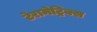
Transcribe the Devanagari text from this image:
टेरामेट्रिक्स